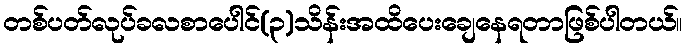
တစ်ပတ်လုပ်ခလစာပေါင်(၃)သိန်းအထိပေးချေနေရတာဖြစ်ပါတယ်။